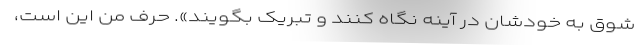
شوق به خودشان در آینه نگاه کنند و تبریک بگویند». حرف من این است،